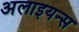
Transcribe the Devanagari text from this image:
अलाइयन्स